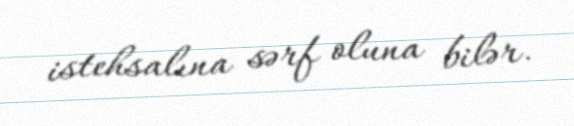
istehsalına sərf oluna bilər.